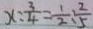
x : \frac { 3 } { 4 } = \frac { 1 } { 2 } : \frac { 2 } { 5 }